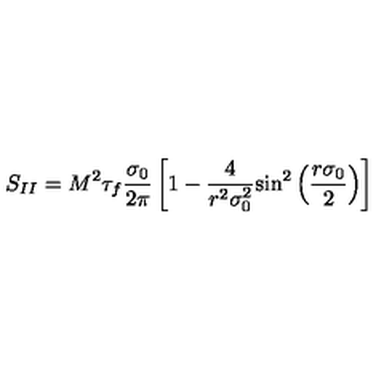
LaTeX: S _ { I I } = M ^ { 2 } \tau _ { f } \frac { \sigma _ { 0 } } { 2 \pi } \left[ 1 - \frac { 4 } { r ^ { 2 } \sigma _ { 0 } ^ { 2 } } { \sin } ^ { 2 } \left( \frac { r \sigma _ { 0 } } { 2 } \right) \right]